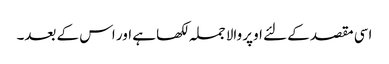
اسی مقصد کے لئے اوپر والا جملہ لکھا ہے اور اس کے بعد۔